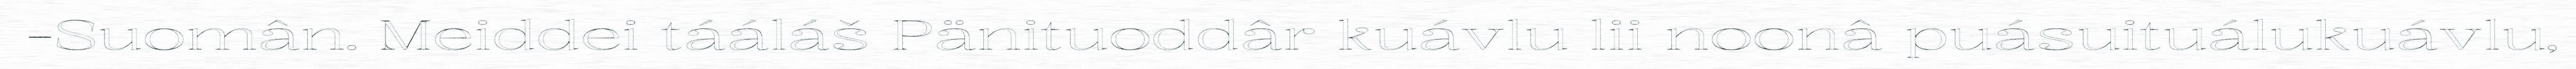
-Suomân. Meiddei tááláš Pänituoddâr kuávlu lii noonâ puásuituálukuávlu,